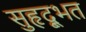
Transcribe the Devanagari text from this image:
सुहृद्भूत